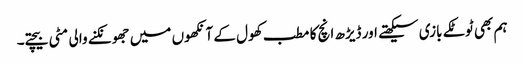
ہم بھی ٹوٹکے بازی سیکھتے اور ڈیڑھ انچ کا مطب کھول کے آنکھوں میں جھونکنے والی مٹی بیچتے۔